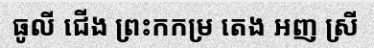
ធូលី ជើង ព្រះកកម្រ តេង អញ ស្រី